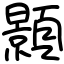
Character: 顥